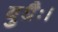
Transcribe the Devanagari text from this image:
बुधैः।